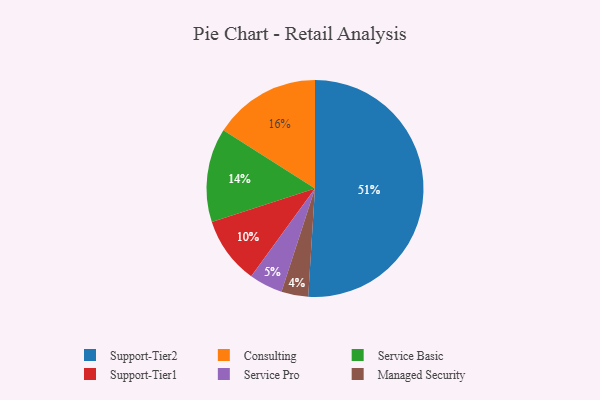
{"axis": {"x": "Category", "y": "Percentage"}, "legend": ["Consulting", "Managed Security", "Service Basic", "Service Pro", "Support-Tier1", "Support-Tier2"], "data": [{"x": "Managed Security", "y": 4, "type": "Managed Security"}, {"x": "Consulting", "y": 16, "type": "Consulting"}, {"x": "Service Pro", "y": 5, "type": "Service Pro"}, {"x": "Support-Tier1", "y": 10, "type": "Support-Tier1"}, {"x": "Service Basic", "y": 14, "type": "Service Basic"}, {"x": "Support-Tier2", "y": 51, "type": "Support-Tier2"}]}